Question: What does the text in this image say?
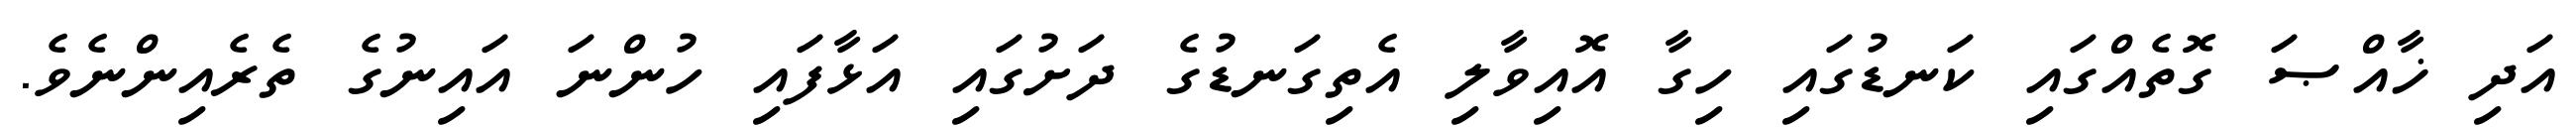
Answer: އަދި ޚާއްޞަ ގޮތެއްގައި ކަނޑުގައި ހިގާ އޮއިވާލި އެތިގަނޑުގެ ދަށުގައި އަޅާފައި ހުންނަ އައިނުގެ ތެރެއިންނެވެ.